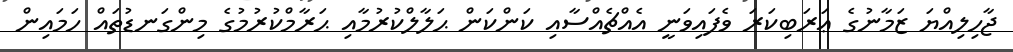
ޖާހިލިއްޔަ ޒަމާނުގެ ޢަރަބިކަރަ ވެފައިވަނީ އެއްޗެއްސާއި ކަންކަން ޙަލާލްކުރުމާއި ޙަރާމްކުރުމުގެ މިންގަނޑުތައް ހަމައިން